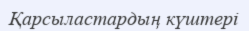
Қарсыластардың күштері